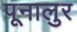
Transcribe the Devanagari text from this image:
पूनालुर